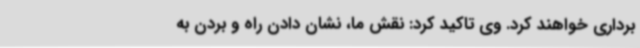
برداری خواهند کرد. وی تاکید کرد: نقش ما، نشان دادن راه و بردن به